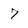
Character: 7